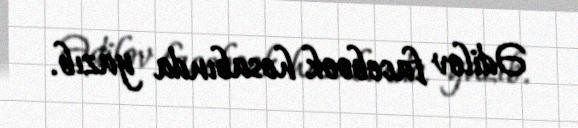
Ədilov facebook hesabında yazıb.